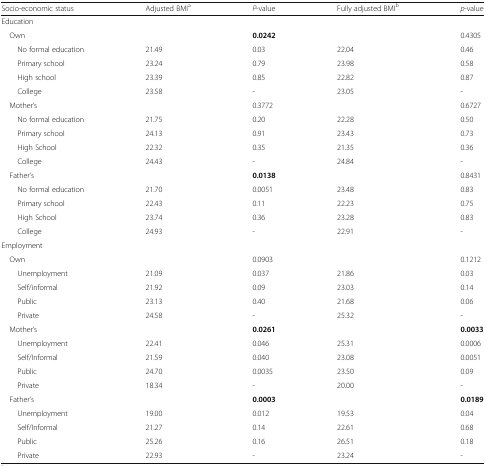
<table><thead><tr><td><b>Socio-economic status</b></td><td><b>Adjusted BMI<sup>a</sup></b></td><td><b><i>P</i>-value</b></td><td><b>Fully adjusted BMI<sup>b</sup></b></td><td><b><i>p</i>-value</b></td></tr></thead><tbody><tr><td colspan="5">Education</td></tr><tr><td> Own</td><td></td><td><b>0.0242</b></td><td></td><td>0.4305</td></tr><tr><td>No formal education</td><td>21.49</td><td>0.03</td><td>22.04</td><td>0.46</td></tr><tr><td>Primary school</td><td>23.24</td><td>0.79</td><td>23.98</td><td>0.58</td></tr><tr><td>High school</td><td>23.39</td><td>0.85</td><td>22.82</td><td>0.87</td></tr><tr><td>College</td><td>23.58</td><td>-</td><td>23.05</td><td>-</td></tr><tr><td> Mother’s</td><td></td><td>0.3772</td><td></td><td>0.6727</td></tr><tr><td>No formal education</td><td>21.75</td><td>0.20</td><td>22.28</td><td>0.50</td></tr><tr><td>Primary school</td><td>24.13</td><td>0.91</td><td>23.43</td><td>0.73</td></tr><tr><td>High School</td><td>22.32</td><td>0.35</td><td>21.35</td><td>0.36</td></tr><tr><td>College</td><td>24.43</td><td>-</td><td>24.84</td><td>-</td></tr><tr><td> Father’s</td><td></td><td><b>0.0138</b></td><td></td><td>0.8431</td></tr><tr><td>No formal education</td><td>21.70</td><td>0.0051</td><td>23.48</td><td>0.83</td></tr><tr><td>Primary school</td><td>22.43</td><td>0.11</td><td>22.23</td><td>0.75</td></tr><tr><td>High School</td><td>23.74</td><td>0.36</td><td>23.28</td><td>0.83</td></tr><tr><td>College</td><td>24.93</td><td>-</td><td>22.91</td><td>-</td></tr><tr><td colspan="5">Employment</td></tr><tr><td> Own</td><td></td><td>0.0903</td><td></td><td>0.1212</td></tr><tr><td>Unemployment</td><td>21.09</td><td>0.037</td><td>21.86</td><td>0.03</td></tr><tr><td>Self/informal</td><td>21.92</td><td>0.09</td><td>23.03</td><td>0.14</td></tr><tr><td>Public</td><td>23.13</td><td>0.40</td><td>21.68</td><td>0.06</td></tr><tr><td>Private</td><td>24.58</td><td>-</td><td>25.32</td><td>-</td></tr><tr><td> Mother’s</td><td></td><td><b>0.0261</b></td><td></td><td><b>0.0033</b></td></tr><tr><td>Unemployment</td><td>22.41</td><td>0.046</td><td>25.31</td><td>0.0006</td></tr><tr><td>Self/Informal</td><td>21.59</td><td>0.040</td><td>23.08</td><td>0.0051</td></tr><tr><td>Public</td><td>24.70</td><td>0.0035</td><td>23.50</td><td>0.09</td></tr><tr><td>Private</td><td>18.34</td><td>-</td><td>20.00</td><td>-</td></tr><tr><td> Father’s</td><td></td><td><b>0.0003</b></td><td></td><td><b>0.0189</b></td></tr><tr><td>Unemployment</td><td>19.00</td><td>0.012</td><td>19.53</td><td>0.04</td></tr><tr><td>Self/Informal</td><td>21.27</td><td>0.14</td><td>22.61</td><td>0.68</td></tr><tr><td>Public</td><td>25.26</td><td>0.16</td><td>26.51</td><td>0.18</td></tr><tr><td>Private</td><td>22.93</td><td>-</td><td>23.24</td><td>-</td></tr></tbody></table>